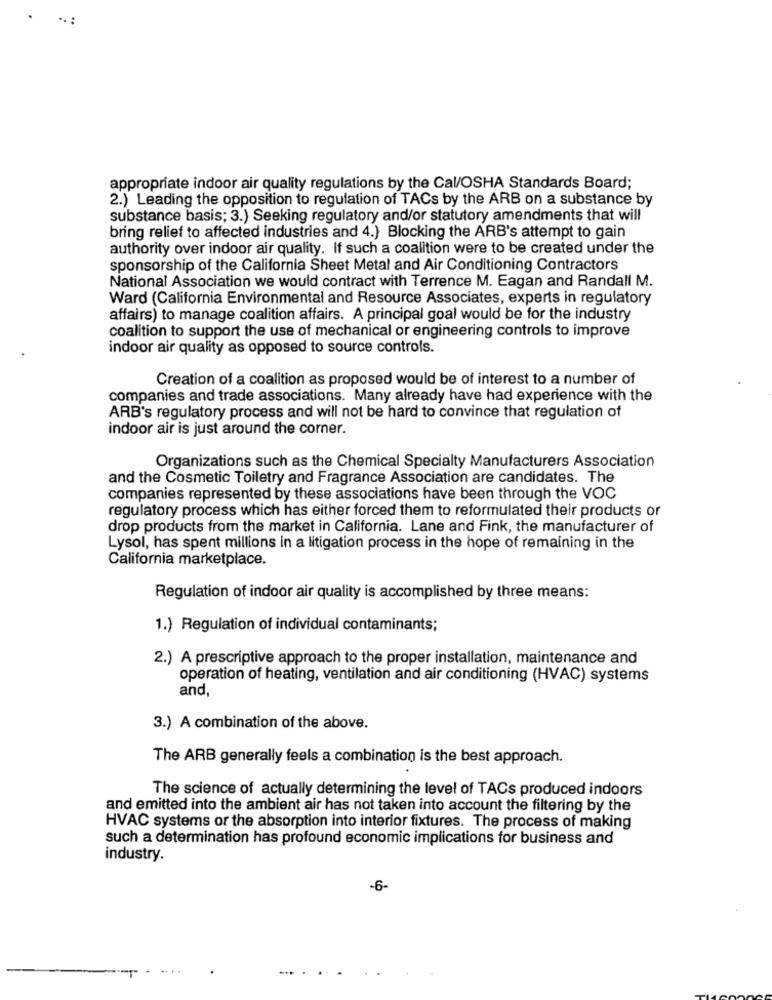
.:
appropriate indoor air quality regulations by the Cal/OSHA Standards Board;
2.) Leading the opposition to regulation of TACs by the ARB on a substance by
substance basis; 3.) Seeking regulatory and/or statutory amendments that will
bring relief to affected industries and 4.) Blocking the ARB's attempt to gain
authority over indoor air quality. If such a coalition were to be created under the
sponsorship of the California Sheet Metal and Air Conditioning Contractors
National Association we would contract with Terrence M. Eagan and Randall M.
Ward (California Environmental and Resource Associates, experts in regulatory
affairs) to manage coalition affairs. A principal goal would be for the industry
coalition to support the use of mechanical or engineering controls to improve
indoor air quality as opposed to source controls.
Creation of a coalition as proposed would be of interest to a number of
companies and trade associations. Many already have had experience with the
ARB's regulatory process and will not be hard to convince that regulation of
indoor air is just around the corner.
Organizations such as the Chemical Specialty Manufacturers Association
and the Cosmetic Toiletry and Fragrance Association are candidates. The
companies represented by these associations have been through the VOC
regulatory process which has either forced them to reformulated their products or
drop products from the market in California. Lane and Fink, the manufacturer of
Lysol, has spent millions in a litigation process in the hope of remaining in the
California marketplace.
Regulation of indoor air quality is accomplished by three means:
1.) Regulation of individual contaminants;
2.) A prescriptive approach to the proper installation, maintenance and
operation of heating, ventilation and air conditioning (HVAC) systems
and,
3.) A combination of the above.
The ARB generally feels a combination is the best approach.
The science of actually determining the level of TACs produced indoors
and emitted into the ambient air has not taken into account the filtering by the
HVAC systems or the absorption into interior fixtures. The process of making
such a determination has profound economic implications for business and
industry.
-6-